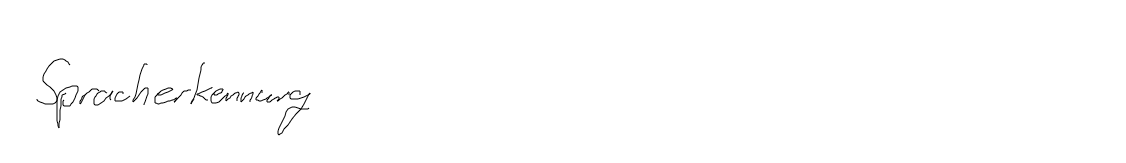
Spracherkennung